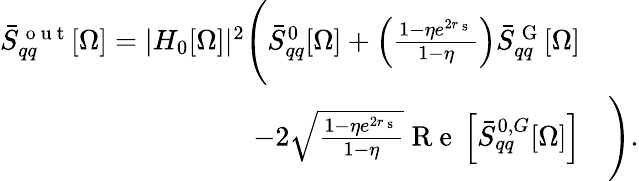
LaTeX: \begin{array}{rl}{\bar{S}_{qq}^{\mathrm{~o~u~t~}}[\Omega]=|H_{0}[\Omega]|^{2}\Bigg(\bar{S}_{qq}^{0}[\Omega]+\left(\frac{1-\eta e^{2r_{\mathrm{~s~}}}}{1-\eta}\right)\bar{S}_{qq}^{\mathrm{~G~}}[\Omega]}&{{}}\\ {-2\sqrt{\frac{1-\eta e^{2r_{\mathrm{~s~}}}}{1-\eta}}\mathrm{~R~e~}\left[\bar{S}_{qq}^{0,G}[\Omega]\right]}&{{}\Bigg).}\end{array}